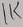
Text: 1K